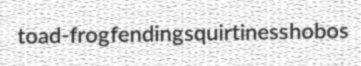
toad-frog fending squirtiness hobos